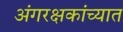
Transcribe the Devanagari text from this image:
अंगरक्षकांच्यात